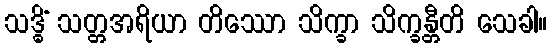
သဒ္ဓိံ သတ္တအရိယာ တိဿော သိက္ခာ သိက္ခန္တီတိ သေခါ။